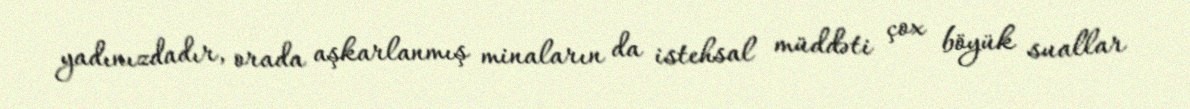
yadınızdadır, orada aşkarlanmış minaların da istehsal müddəti çox böyük suallar